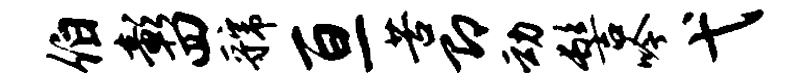
伯彰四虢亘苦即动髻吟弋